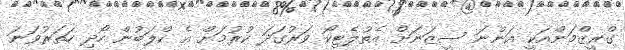
ގްރީޒްމަންއަކީ އަންނަ ސީޒަނަށް އެތުލެޓިކޯ ވަރުގަދަ ކުރުމަށް އެ ކްލަބުން ހޯދި ހަތަރުވަނަ